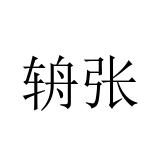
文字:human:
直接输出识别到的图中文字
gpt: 辀张